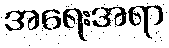
အရေးအရာ